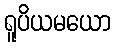
ရူပိယမယော